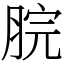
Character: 脘